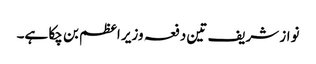
نواز شریف تین دفعہ وزیر اعظم بن چکا ہے۔